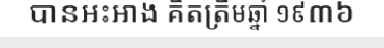
បានអះអាង គិតត្រឹមឆ្នាំ ១៩៣៦